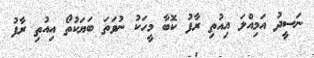
ނަސީދު އަމިއްލަ އިއުތި ރާފު ކޮބާ މީހަކު ނުވަތަ ބަޔަކުތޯ އިއުތި ރާފު